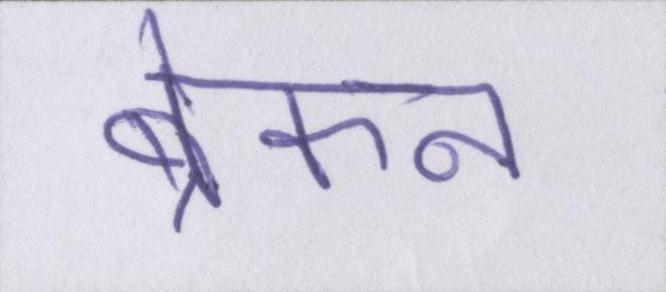
ब्रेकन